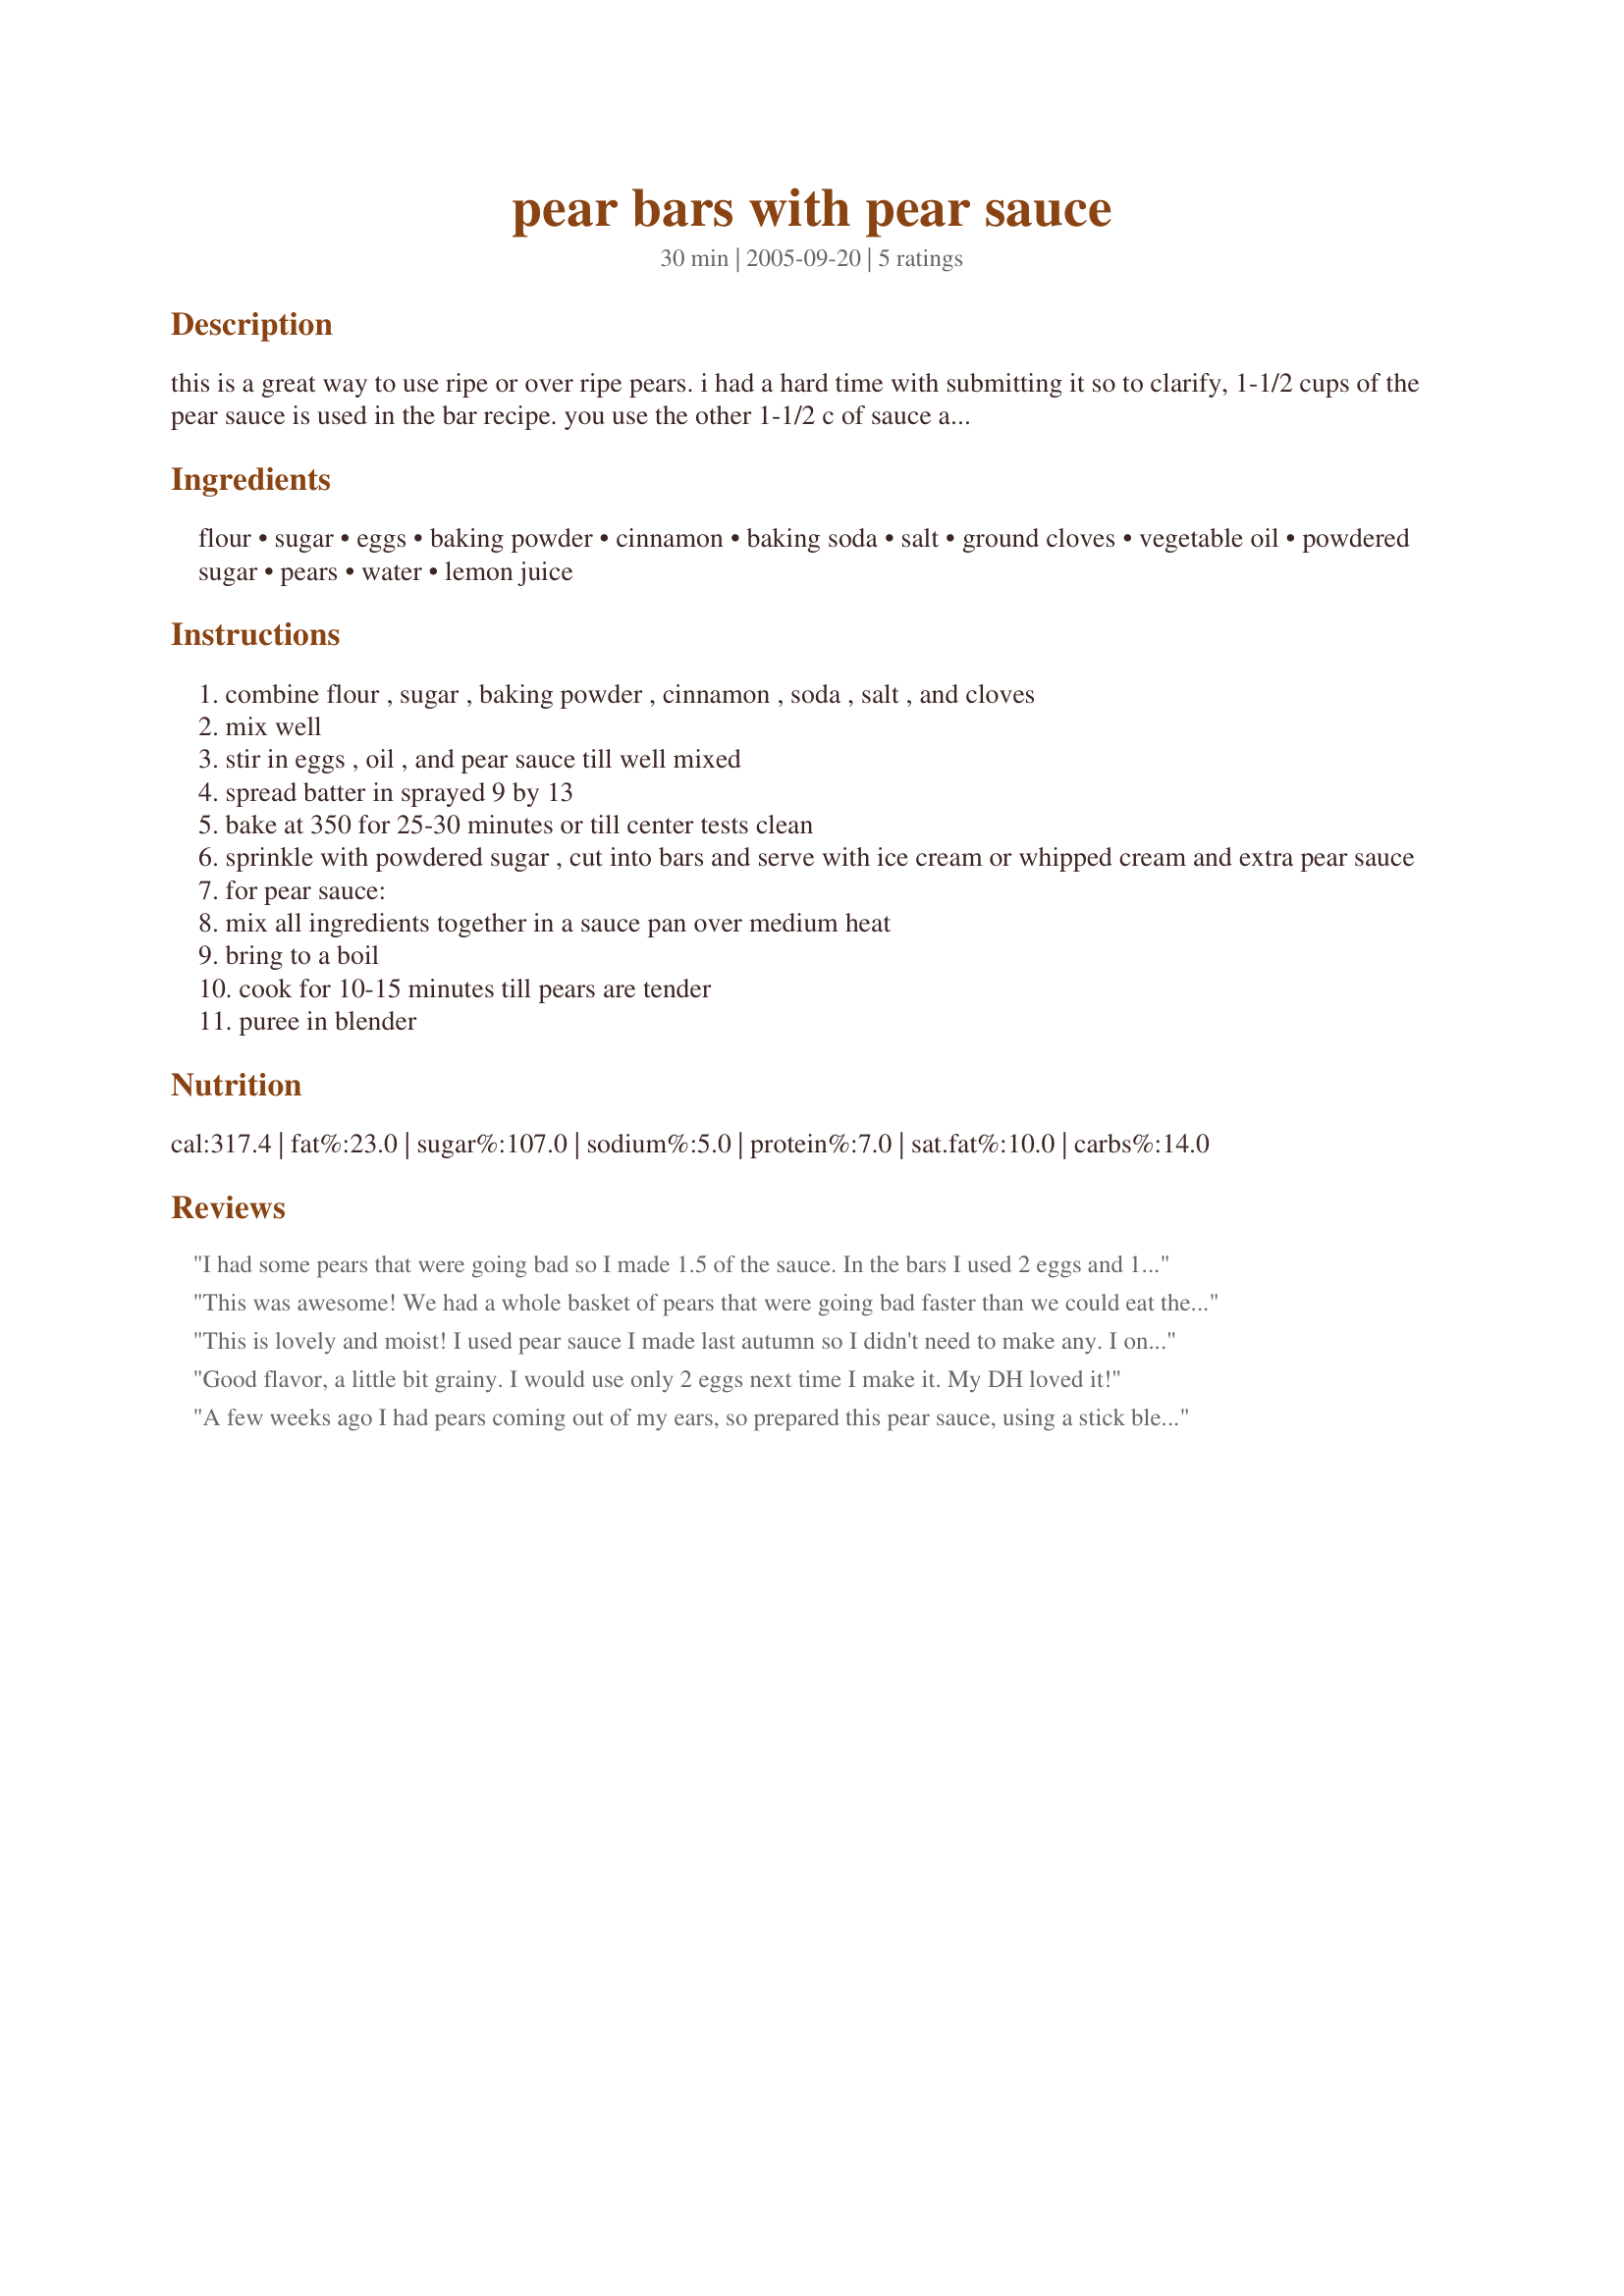
pear bars with pear sauce
Preparation time: 30 minutes

this is a great way to use ripe or over ripe pears. i had a hard time with submitting it so to clarify, 1-1/2 cups of the pear sauce is used in the bar recipe. you use the other 1-1/2 c of sauce as a garnish.

Ingredients:
flour, sugar, eggs, baking powder, cinnamon, baking soda, salt, ground cloves, vegetable oil, powdered sugar, pears, water, lemon juice

Steps:
combine flour , sugar , baking powder , cinnamon , soda , salt , and cloves
mix well
stir in eggs , oil , and pear sauce till well mixed
spread batter in sprayed 9 by 13
bake at 350 for 25-30 minutes or till center tests clean
sprinkle with powdered sugar , cut into bars and serve with ice cream or whipped cream and extra pear sauce
for pear sauce:
mix all ingredients together in a sauce pan over medium heat
bring to a boil
cook for 10-15 minutes till pears are tender
puree in blender

Reviews:
I had some pears that were going bad so I made 1.5 of the sauce. In the bars I used 2 eggs and 1/2 cup oil and they were quite good. We put a thin layer of the pear sauce on top which was ok, but I think I'd prefer it without any pear sauce on top. We were divided here; 1/2 of us loved the pear sauce on top and the other 1/2 did not. I'm going to freeze the pear sauce in 1.5 cup portions to pull out and use to make this cake. It will be a good lunchbox addition. Thanks.
This was awesome! We had a whole basket of pears that were going bad faster than we could eat them! :) What a great way to use them up. The squares had a cake like texture that was yummy. I also served it with vanilla icecream and the pear sauce. We had company and the whole 9x13 pan got eaten up! Thanks for the great recipe.
This is lovely and moist! I used pear sauce I made last autumn so I didn't need to make any. I only used 2 eggs as the other reviewer suggested and it was perfect. I particularly liked the fact that there weren't any chunks of fruit - it makes a change from the usual apple/ pear cake. It tasted brilliant served with vanilla ice-cream and the pear sauce. Thanks!
Good flavor, a little bit grainy. I would use only 2 eggs next time I make it. My DH loved it!
A few weeks ago I had pears coming out of my ears, so prepared this pear sauce, using a stick blender to puree, and froze to use later in this recipe. Would describe this as a snack cake, and we enjoyed it very much plain or with a dusting of powdered sugar. Didn't particlularly like the pear sauce on top, though, it was like eating applesauce spooned on top of cake. Next time I would freeze the extra sauce so there would be enough to prepare the bars another day. Thanks for sharing the recipe!
